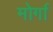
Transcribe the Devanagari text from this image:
मोर्गा